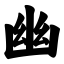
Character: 幽